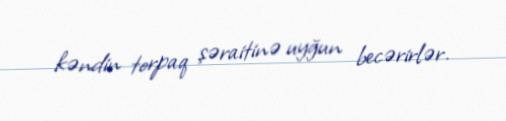
kəndin torpaq şəraitinə uyğun becərirlər.